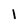
Character: l